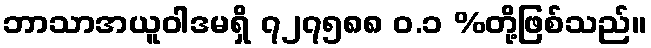
ဘာသာအယူဝါဒမရှိ ၇၂၇၅၈၈ ဝ.၁ %တို့ဖြစ်သည်။